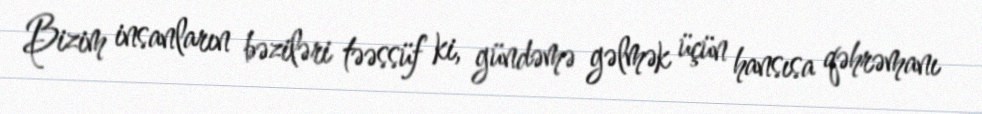
Bizim insanların bəziləri təəssüf ki, gündəmə gəlmək üçün hansısa qəhrəmanı